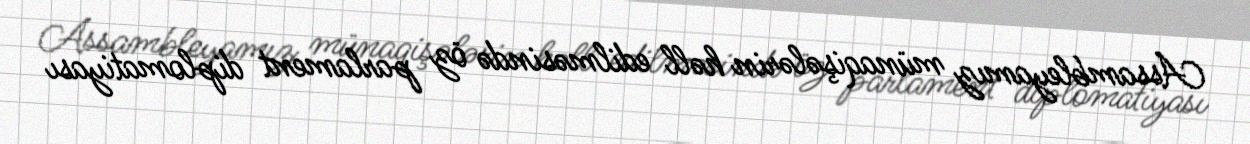
Assambleyamız münaqişələrin həll edilməsində öz parlament diplomatiyası